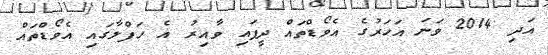
އަދި 2014 ވަނަ އަހަރުގެ އެވޯޑްތައް ދީފައި ވާއިރު އެ ހަފްލާގައި އެވޯޑްތައް